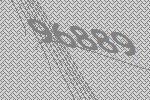
96889